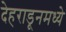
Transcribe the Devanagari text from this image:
देहराडूनमध्ये